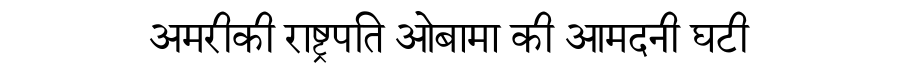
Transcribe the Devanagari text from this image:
अमरीकी राष्ट्रपति ओबामा की आमदनी घटी